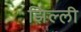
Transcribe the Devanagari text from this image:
झिल्‍ली